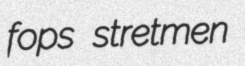
fops stretmen